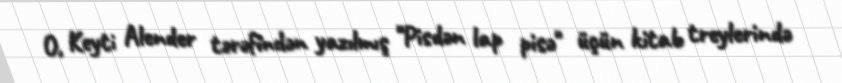
O, Keyti Alender tərəfindən yazılmış "Pisdən lap pisə" üçün kitab treylerində